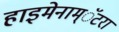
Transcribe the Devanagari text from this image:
हाइमेनाम्‌ॅटरा